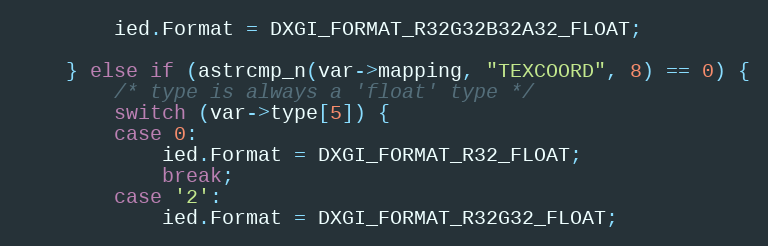
Language: C++
		ied.Format = DXGI_FORMAT_R32G32B32A32_FLOAT;

	} else if (astrcmp_n(var->mapping, "TEXCOORD", 8) == 0) {
		/* type is always a 'float' type */
		switch (var->type[5]) {
		case 0:
			ied.Format = DXGI_FORMAT_R32_FLOAT;
			break;
		case '2':
			ied.Format = DXGI_FORMAT_R32G32_FLOAT;